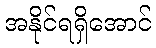
အနိုင်ရရှိအောင်